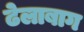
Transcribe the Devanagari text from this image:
ढेलाबाग